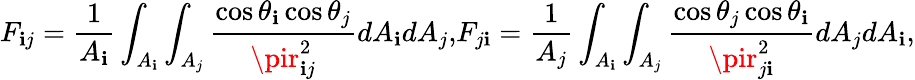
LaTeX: F_{\mathbf{i}j}=\frac{{1}}{{A_{\mathbf{i}}}}\int_{A_{\mathbf{i}}}\int_{A_{j}}\frac{{\cos{\theta_{\mathbf{i}}}\cos{\theta_{j}}}}{{\pir_{\mathbf{i}j}^{2}}}dA_{\mathbf{i}}dA_{j}{,}F_{j\mathbf{i}}=\frac{{1}}{{A_{j}}}\int_{A_{\mathbf{i}}}\int_{A_{j}}\frac{{\cos{\theta_{j}}\cos{\theta_{\mathbf{i}}}}}{{\pir_{j\mathbf{i}}^{2}}}dA_{j}dA_{\mathbf{i}}{,}